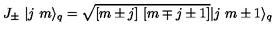
J _ { \pm } \ | j \ m \rangle _ { q } = \sqrt { [ m \pm j ] \ [ m \mp j \pm 1 ] } | j \ m \pm 1 \rangle _ { q }